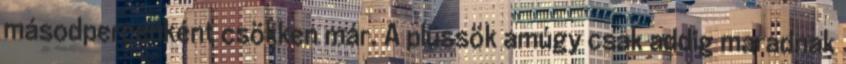
másodpercenként csökken már. A plüssök amúgy csak addig maradnak